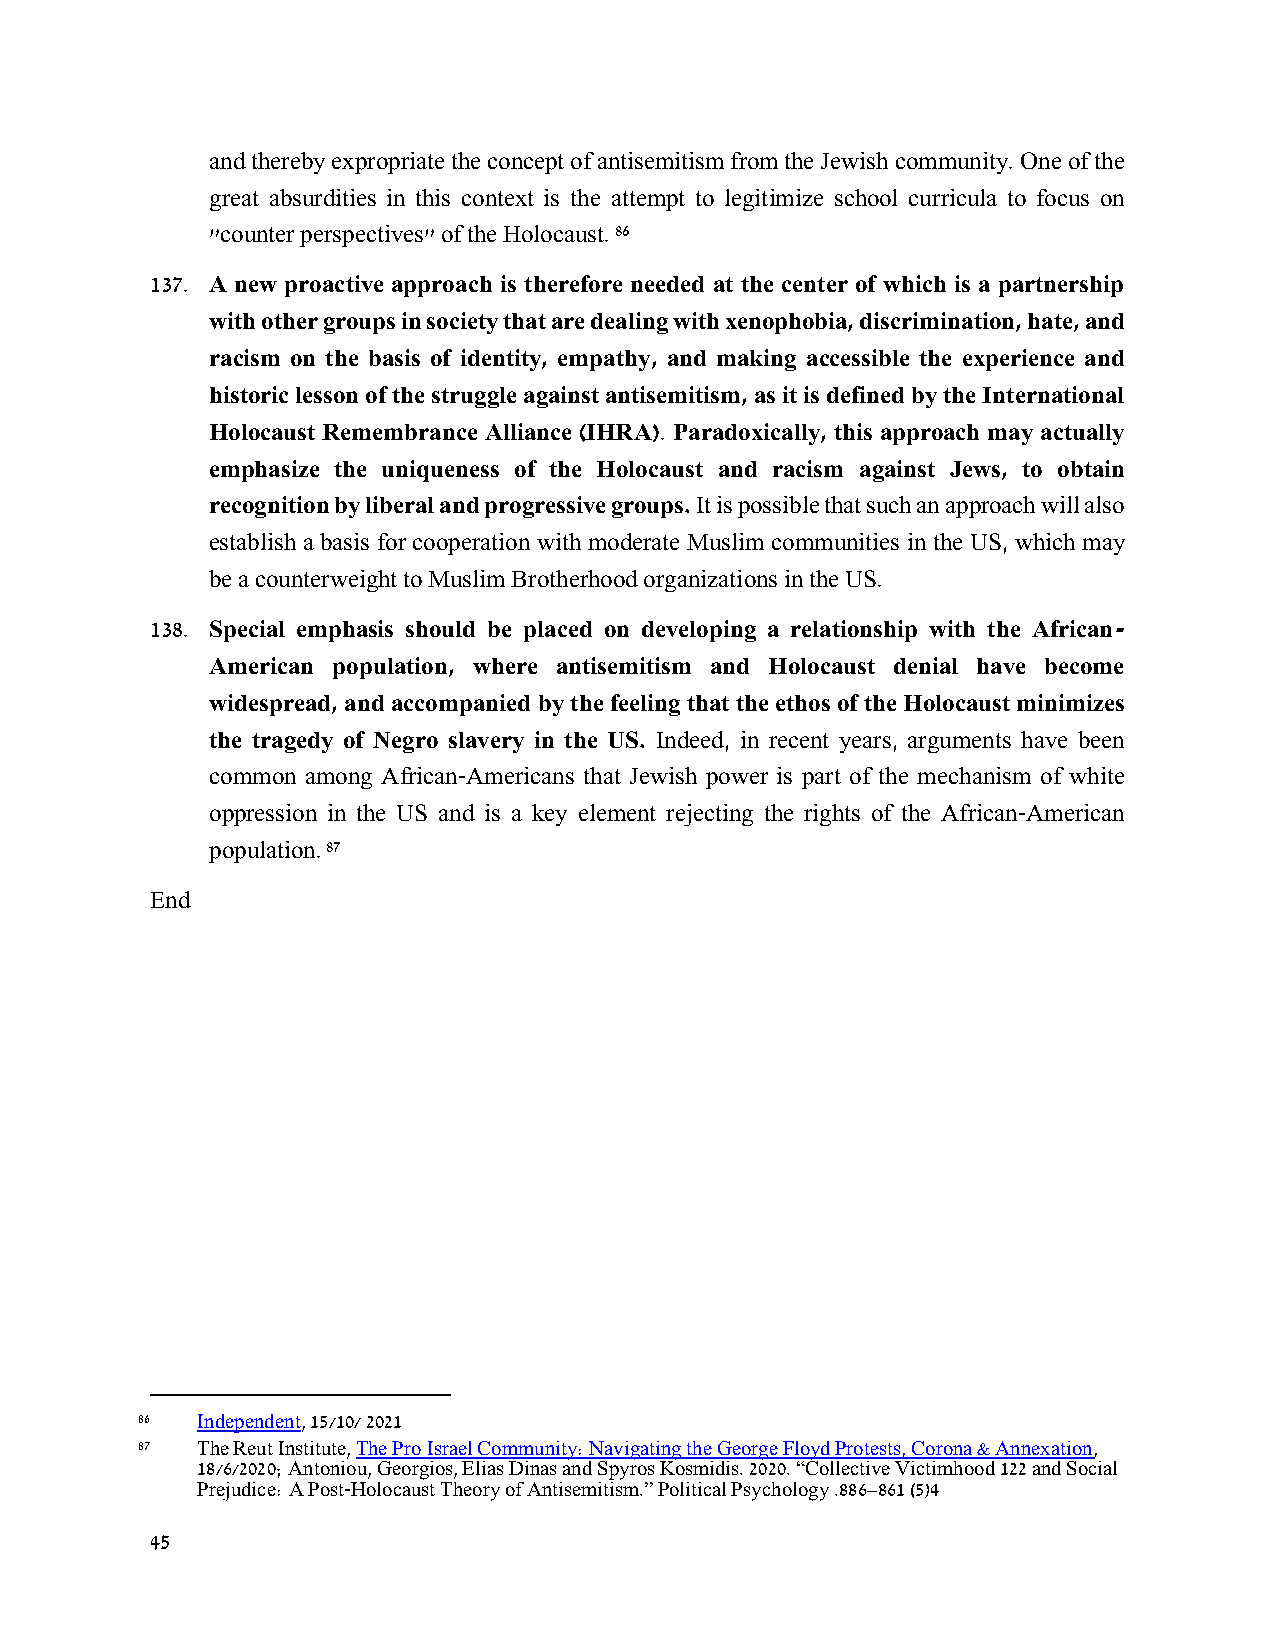
and thereby expropriate the concept of antisemitism from the Jewish community. One of the
 great absurdities in this context is the attempt to legitimize school curricula to focus on
 "counter perspectives" of the Holocaust. 86
 137. A new proactive approach is therefore needed at the center of which is a partnership
 with other groups in society that are dealing with xenophobia, discrimination, hate, and
 racism on the basis of identity, empathy, and making accessible the experience and
 historic lesson of the struggle against antisemitism, as it is defined by the International
 Holocaust Remembrance Alliance (IHRA). Paradoxically, this approach may actually
 emphasize the uniqueness of the Holocaust and racism against Jews, to obtain
 recognition by liberal and progressive groups. It is possible that such an approach will also
 establish a basis for cooperation with moderate Muslim communities in the US, which may
 be a counterweight to Muslim Brotherhood organizations in the US.
 138. Special emphasis should be placed on developing a relationship with the African-
 American population, where antisemitism and Holocaust denial have become
 widespread, and accompanied by the feeling that the ethos of the Holocaust minimizes
 the tragedy of Negro slavery in the US. Indeed, in recent years, arguments have been
 common among African-Americans that Jewish power is part of the mechanism of white
 oppression in the US and is a key element rejecting the rights of the African-American
 population. 87
 End
 86  Independent, 15/10/ 2021
 87  The Reut Institute, The Pro Israel Community: Navigating the George Floyd Protests, Corona & Annexation,
 18/6/2020; Antoniou, Georgios, Elias Dinas and Spyros Kosmidis. 2020. “Collective Victimhood 122 and Social
 Prejudice: A Post-Holocaust Theory of Antisemitism.” Political Psychology .886–861 (5)4
 45